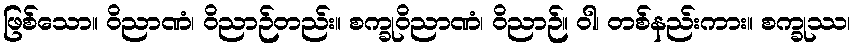
ဖြစ်သော။ ဝိညာဏံ၊ ဝိညာဉ်တည်း။ စက္ခုဝိညာဏံ၊ ဝိညာဉ်။ ဝါ၊ တစ်နည်းကား။ စက္ခုဿ၊